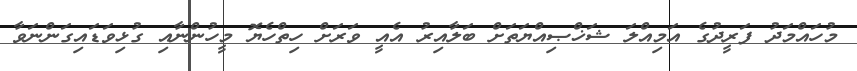
މުހައްމަދު ފަރީދުގެ އަމިއްލަ ޝަޚްޞިއްޔަތަށް ބަލާއިރު އެއީ ވަރަށް ހިތްހެޔޮ މީހުންނާއި ގުޅިވަޑައިގަންނަވާ